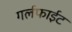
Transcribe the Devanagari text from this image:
गर्लफाईट